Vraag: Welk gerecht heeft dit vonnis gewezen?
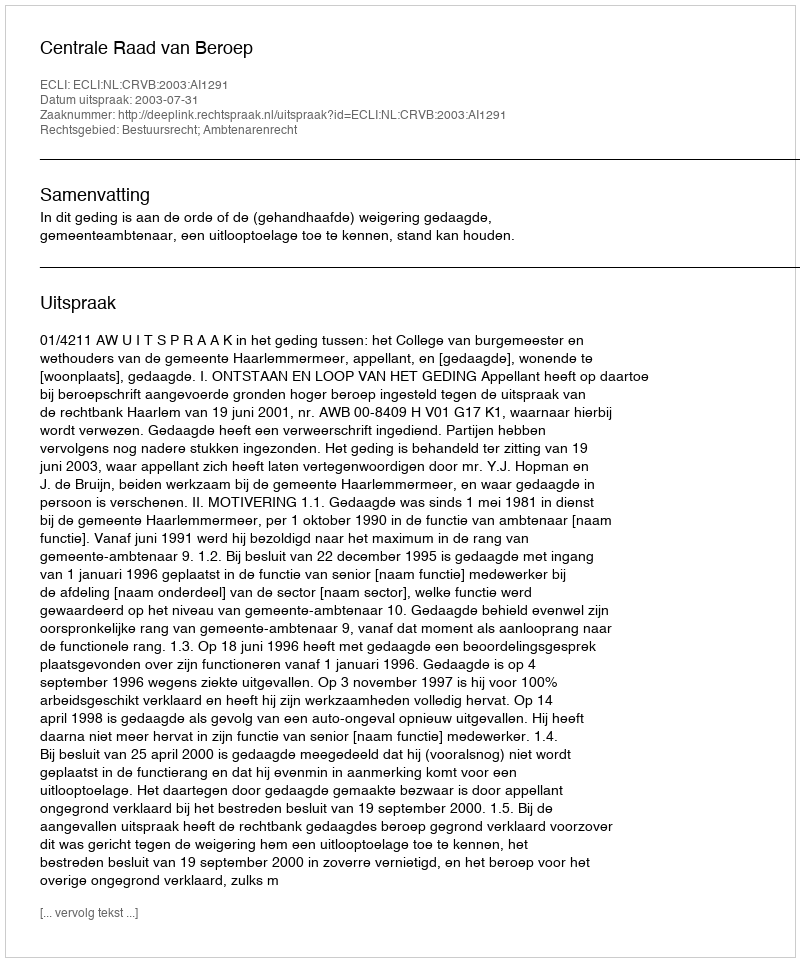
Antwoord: Centrale Raad van Beroep